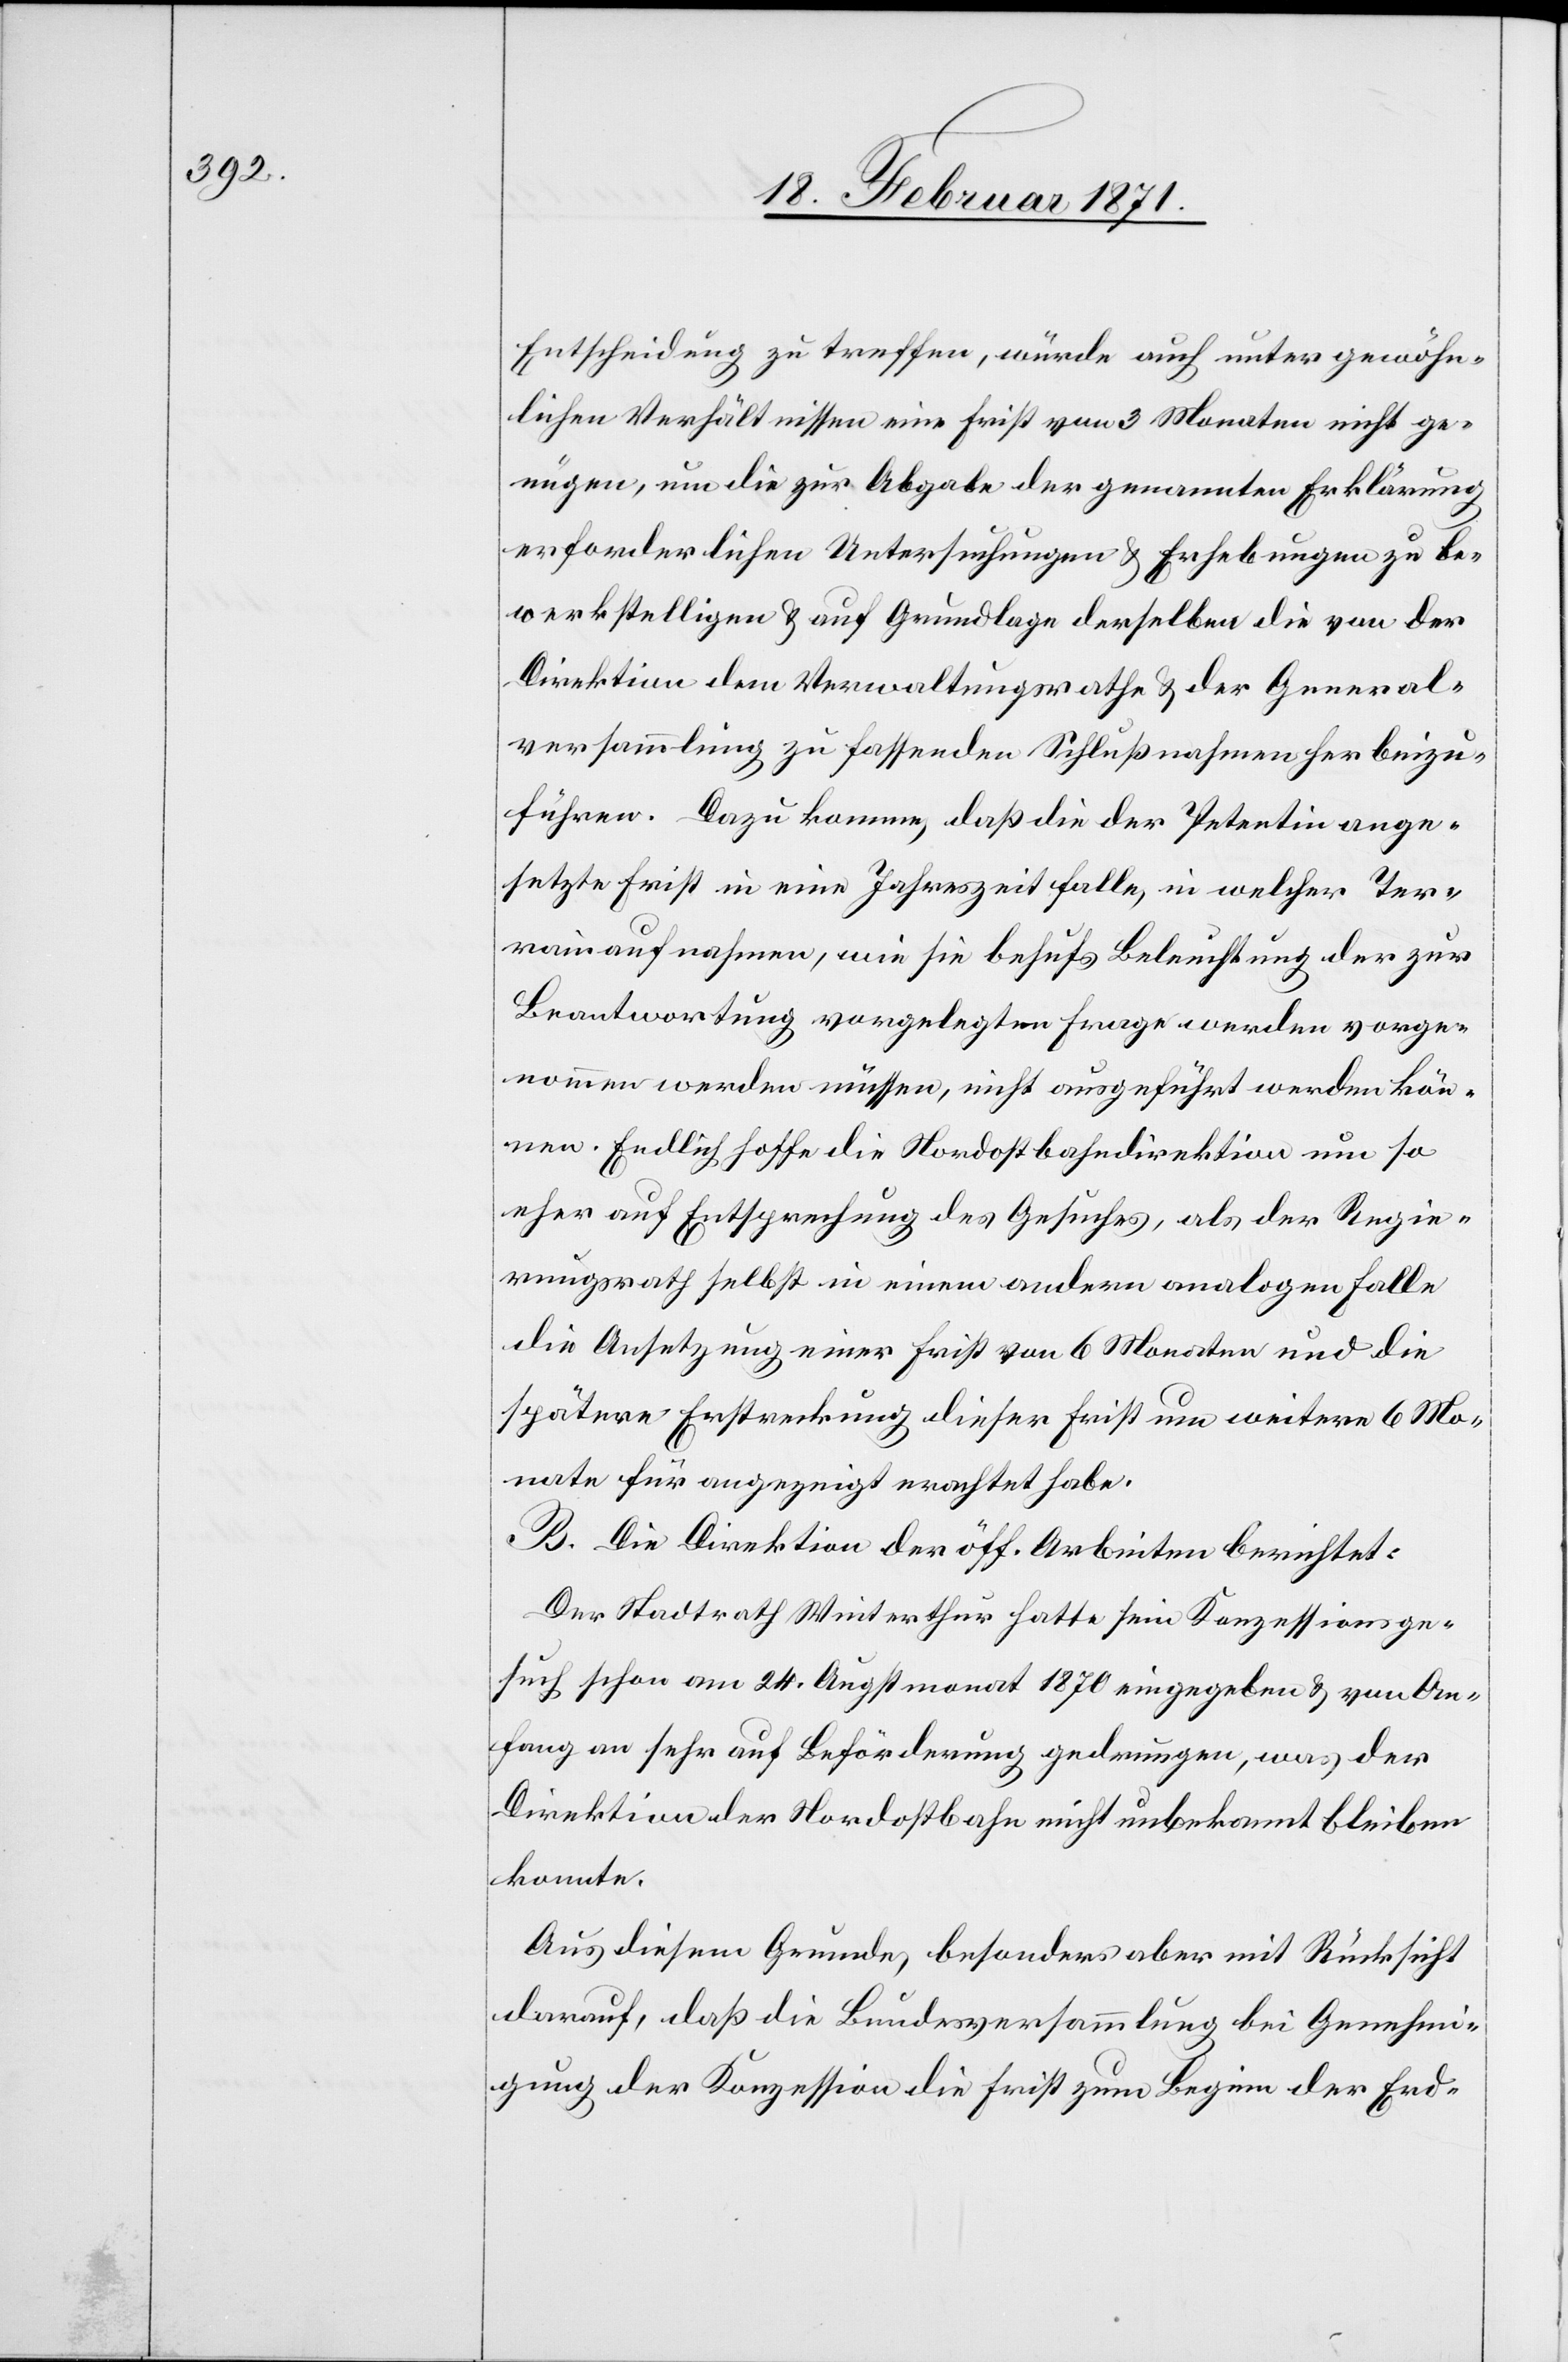
Entscheidung zu treffen, würde auch unter gewöhn¬
lichen Verhältnissen eine Frist von 3 Monaten nicht ge¬
nügen, um die zur Abgabe der genannten Erklärung
erforderlichen Untersuchungen u. Erhebungen zu be¬
werkstelligen u. auf Grundlage derselben die von der
Direktion dem Verwaltungsrathe u. der General¬
versammlung zu fassenden Schlußnahmen herbeizu¬
führen. Dazu komme, daß die der Petentin ange¬
setzte Frist in eine Jahreszeit falle, in welcher Ter¬
rainaufnahmen, wie sie behufs Beleuchtung der zur
Beantwortung vorgelegten Frage werden vorge¬
nommen werden müssen, nicht ausgeführt werden kön¬
nen. Endlich hoffe die Nordostbahndirektion nun so
eher auf Entsprechung des Gesuches, als der Regie¬
rungsrath selbst in einem andern analogen Falle
die Ansetzung einer Frist von 6 Monaten und die
spätere Erstreckung dieser Frist um weiter 6 Mo¬
nate für angezeigt erachtet habe.
B. Die Direktion der öff. Arbeiten berichtet:
Der Stadtrath Winterthur hatte sein Konzessionsge¬
such schon am 24. Augstmonat 1870 eingegeben u. von An¬
fang an sehr auf Beförderung gedrungen, was der
Direktion der Nordostbahn nicht unbekannt bleiben
konnte.
Aus diesem Grunde, besonders aber mit Rücksicht
darauf, daß die Bundesversammlung bei Genehmi¬
gung der Konzession die Frist zum Beginn der Erd-